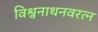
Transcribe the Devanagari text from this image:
विश्वनाथनवरत्न